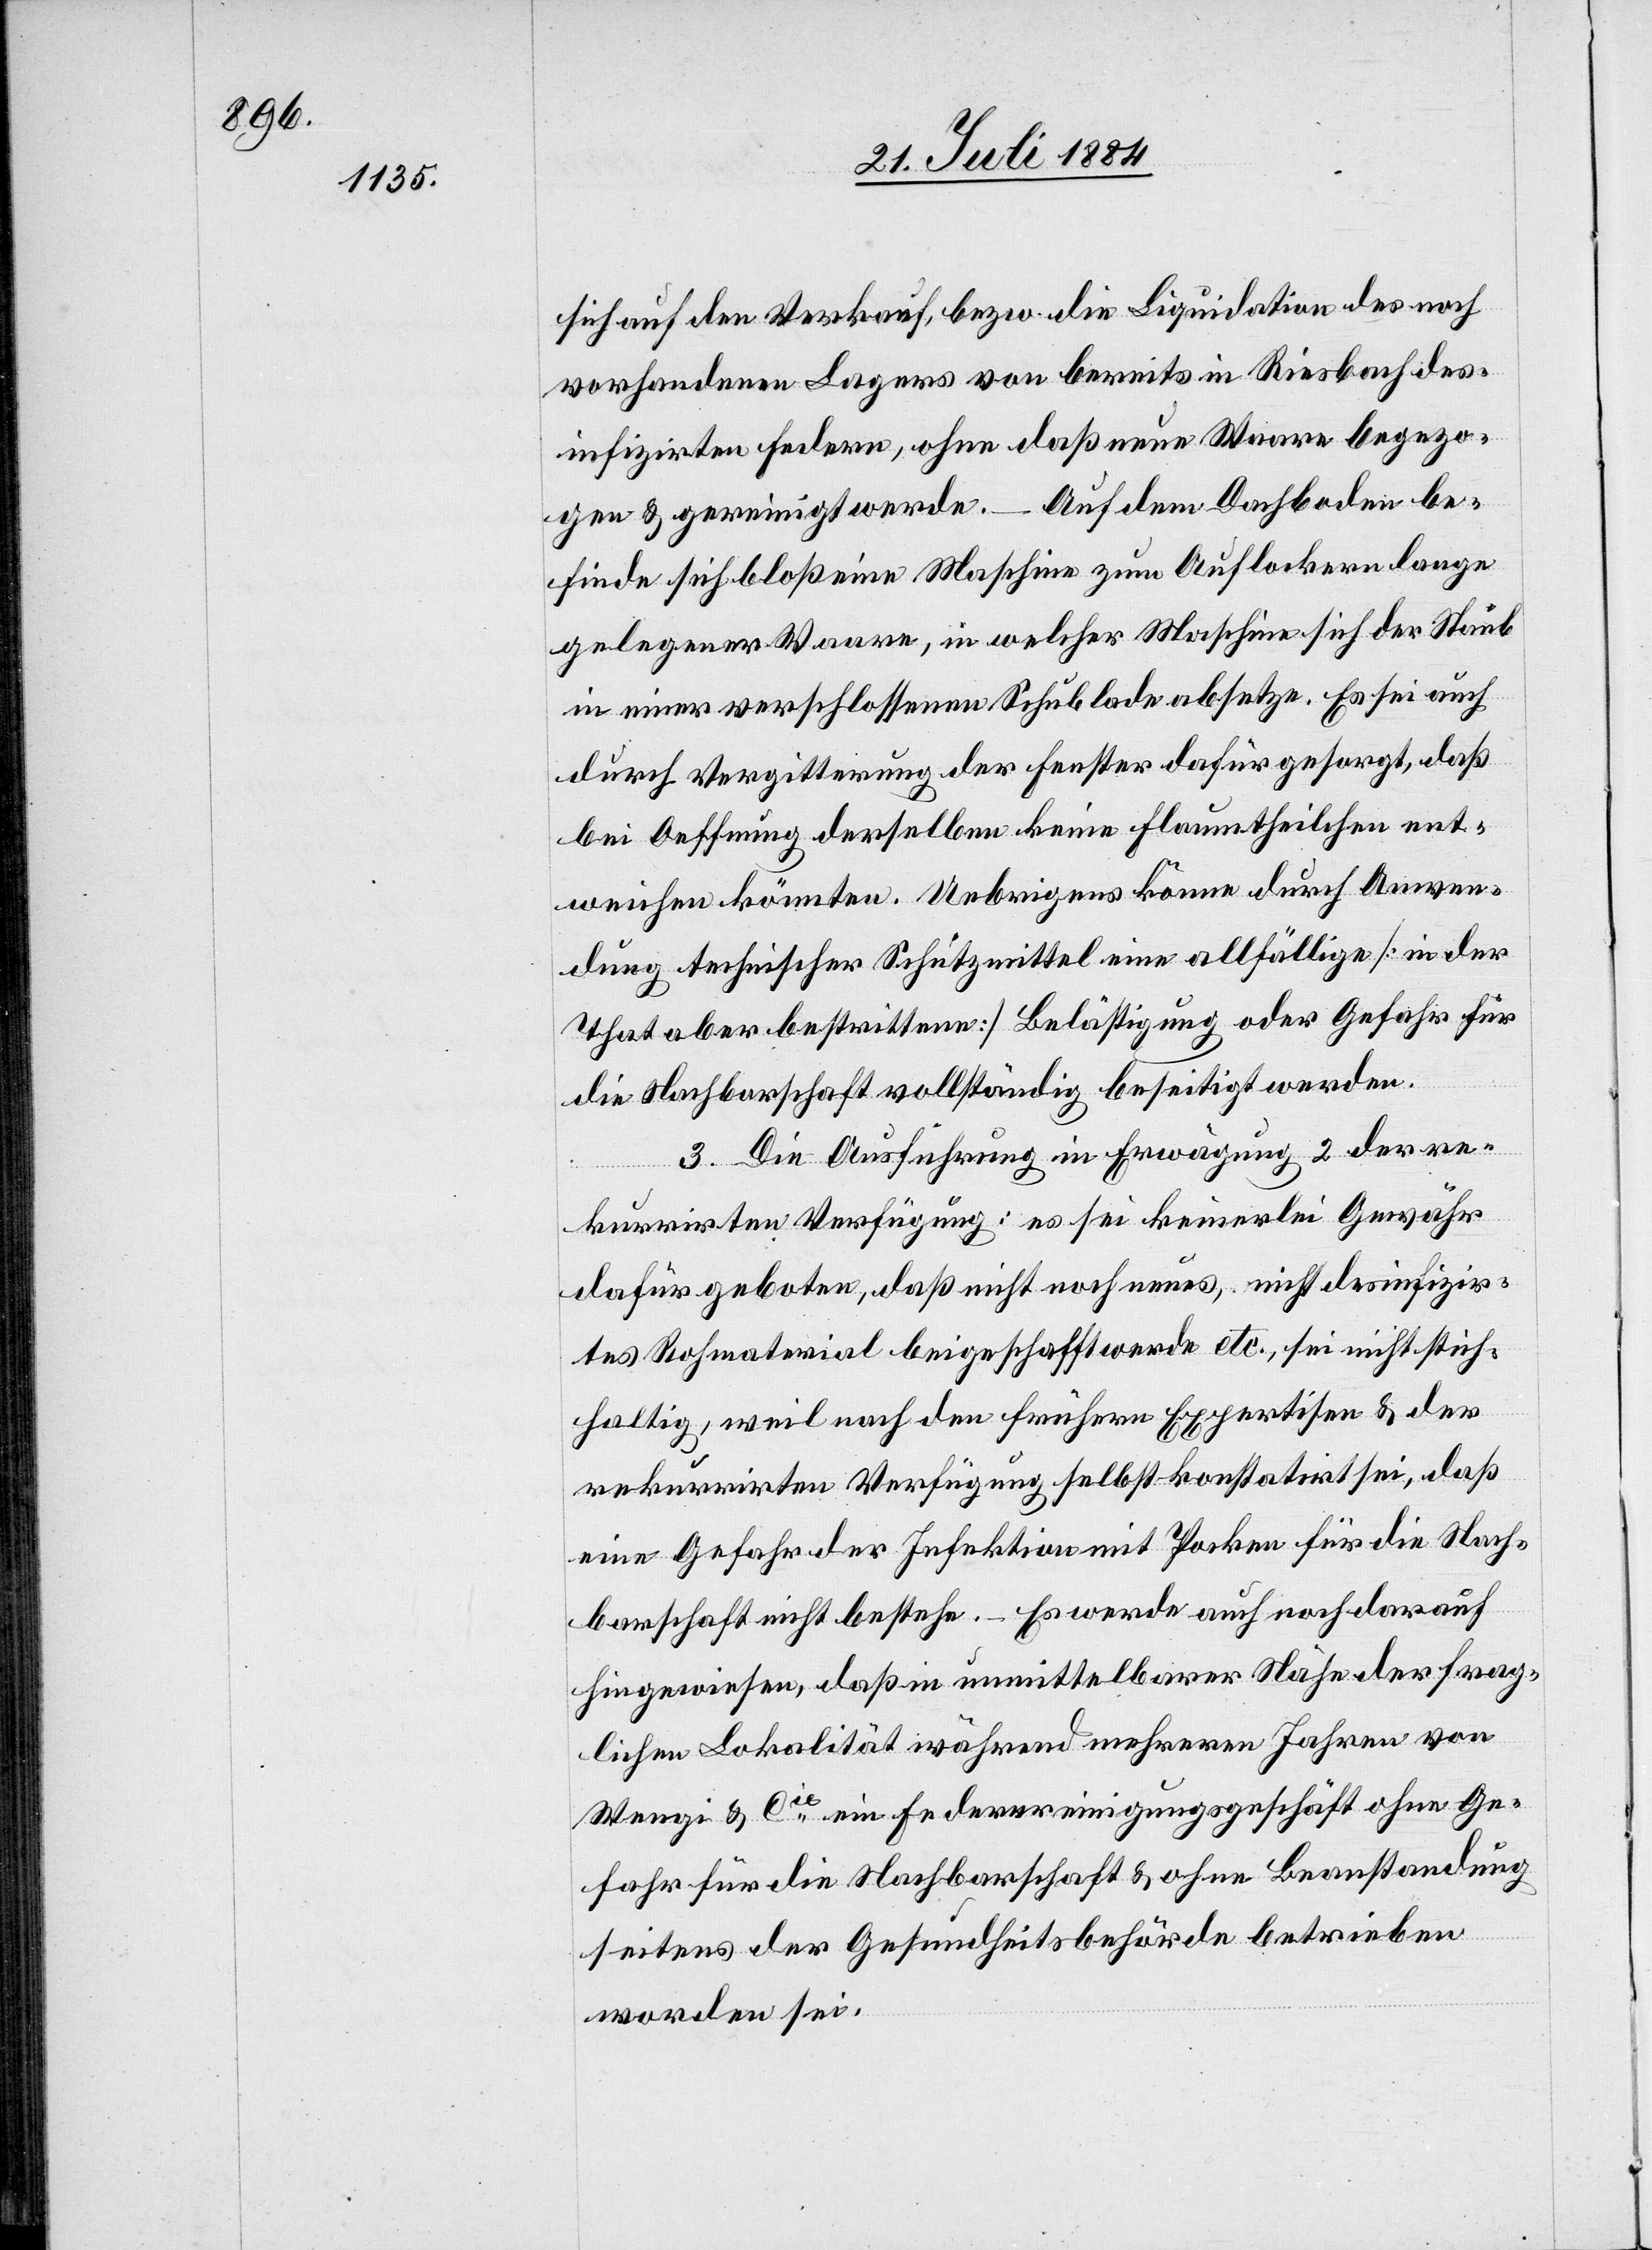
sich auf den Verkauf, bezw. die Liquidation des noch
vorhandenen Lagers von bereits in Riesbach des¬
infizirten Federn, ohne daß neue Waare bezo¬
gen & gereinigt werde. – Auf dem Dachboden be¬
finde sich bloß eine Maschine zum Auflockern lange
gelegener Waare, in welcher Maschine sich der Staub
in einer verschlossenen Schublade absetze. Es sei auch
durch Vergitterung der Fenster dafür gesorgt, daß
bei Oeffnung derselben keine Flaumtheilchen ent¬
weichen könnten. Uebrigens könne durch Anwen¬
dung technischer Schutzmittel eine allfällige [in der
That aber bestrittene] Belästigung oder Gefahr für
die Nachbarschaft vollständig beseitigt werden.
3. Die Ausführung in Erwägung 2 der re¬
kurrirten Verfügung: es sei keinerlei Gewähr
dafür geboten, daß nicht noch neues, nicht desinfizir¬
tes Rohmaterial beigeschafft werde etc., sei nicht stich¬
haltig, weil nach den frühern Expertisen & der
rekurrirten Verfügung selbst konstatirt sei, daß
eine Gefahr der Infektion mit Pocken für die Nach¬
barschaft nicht bestehe. – Es werde auch noch darauf
hingewiesen, daß in unmittelbarer Nähe der frag¬
lichen Lokalität während mehreren Jahren von
Wenig & Cie ein Federreinigungsgeschäft ohne Ge¬
fahr für die Nachbarschaft & ohne Beanstandung
seitens der Gesundheitsbehörde betrieben
worden sei.